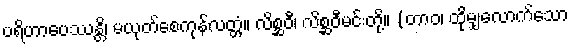
ပရိဟာပေဿန္တိ၊ မယုတ်စေကုန်လတ္တံ့။ လိစ္ဆဝီ၊ လိစ္ဆဝီမင်းတို့။ (တာဝ၊ ထိုမျှလောက်သော